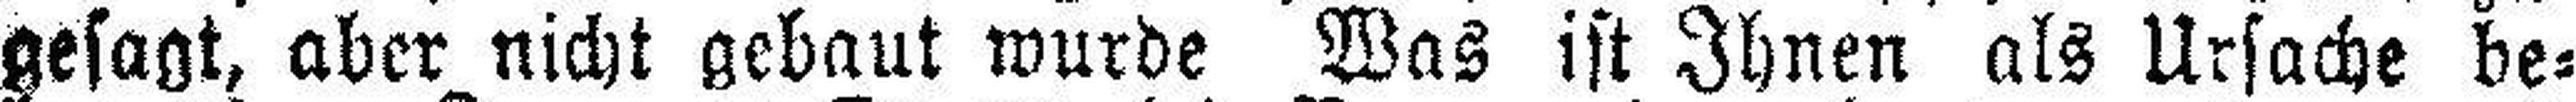
gesagt, aber nicht gebaut wurde Was ist Ihnen als Ursache be¬